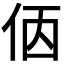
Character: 𠈇